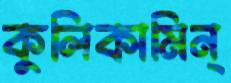
কুলিকামিন্‌